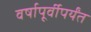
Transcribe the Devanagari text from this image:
वर्षापूर्वीपर्यंत